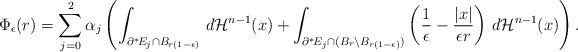
LaTeX: \begin{align*}\Phi_\epsilon(r) = \sum^2_{j=0} \alpha_j \left( \int_{\partial^*\!E_j\cap B_{r(1-\epsilon)}} \, d\mathcal{H}^{n-1}(x) + \int_{\partial^*\!E_j\cap(B_r \setminus B_{r(1-\epsilon)})} \left(\frac{1}{\epsilon} - \frac{|x|}{\epsilon r}\right)\, d\mathcal{H}^{n-1}(x) \right).\end{align*}